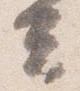
云